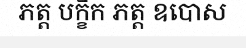
ភត្ត បក្ខិក ភត្ត ឧបោស